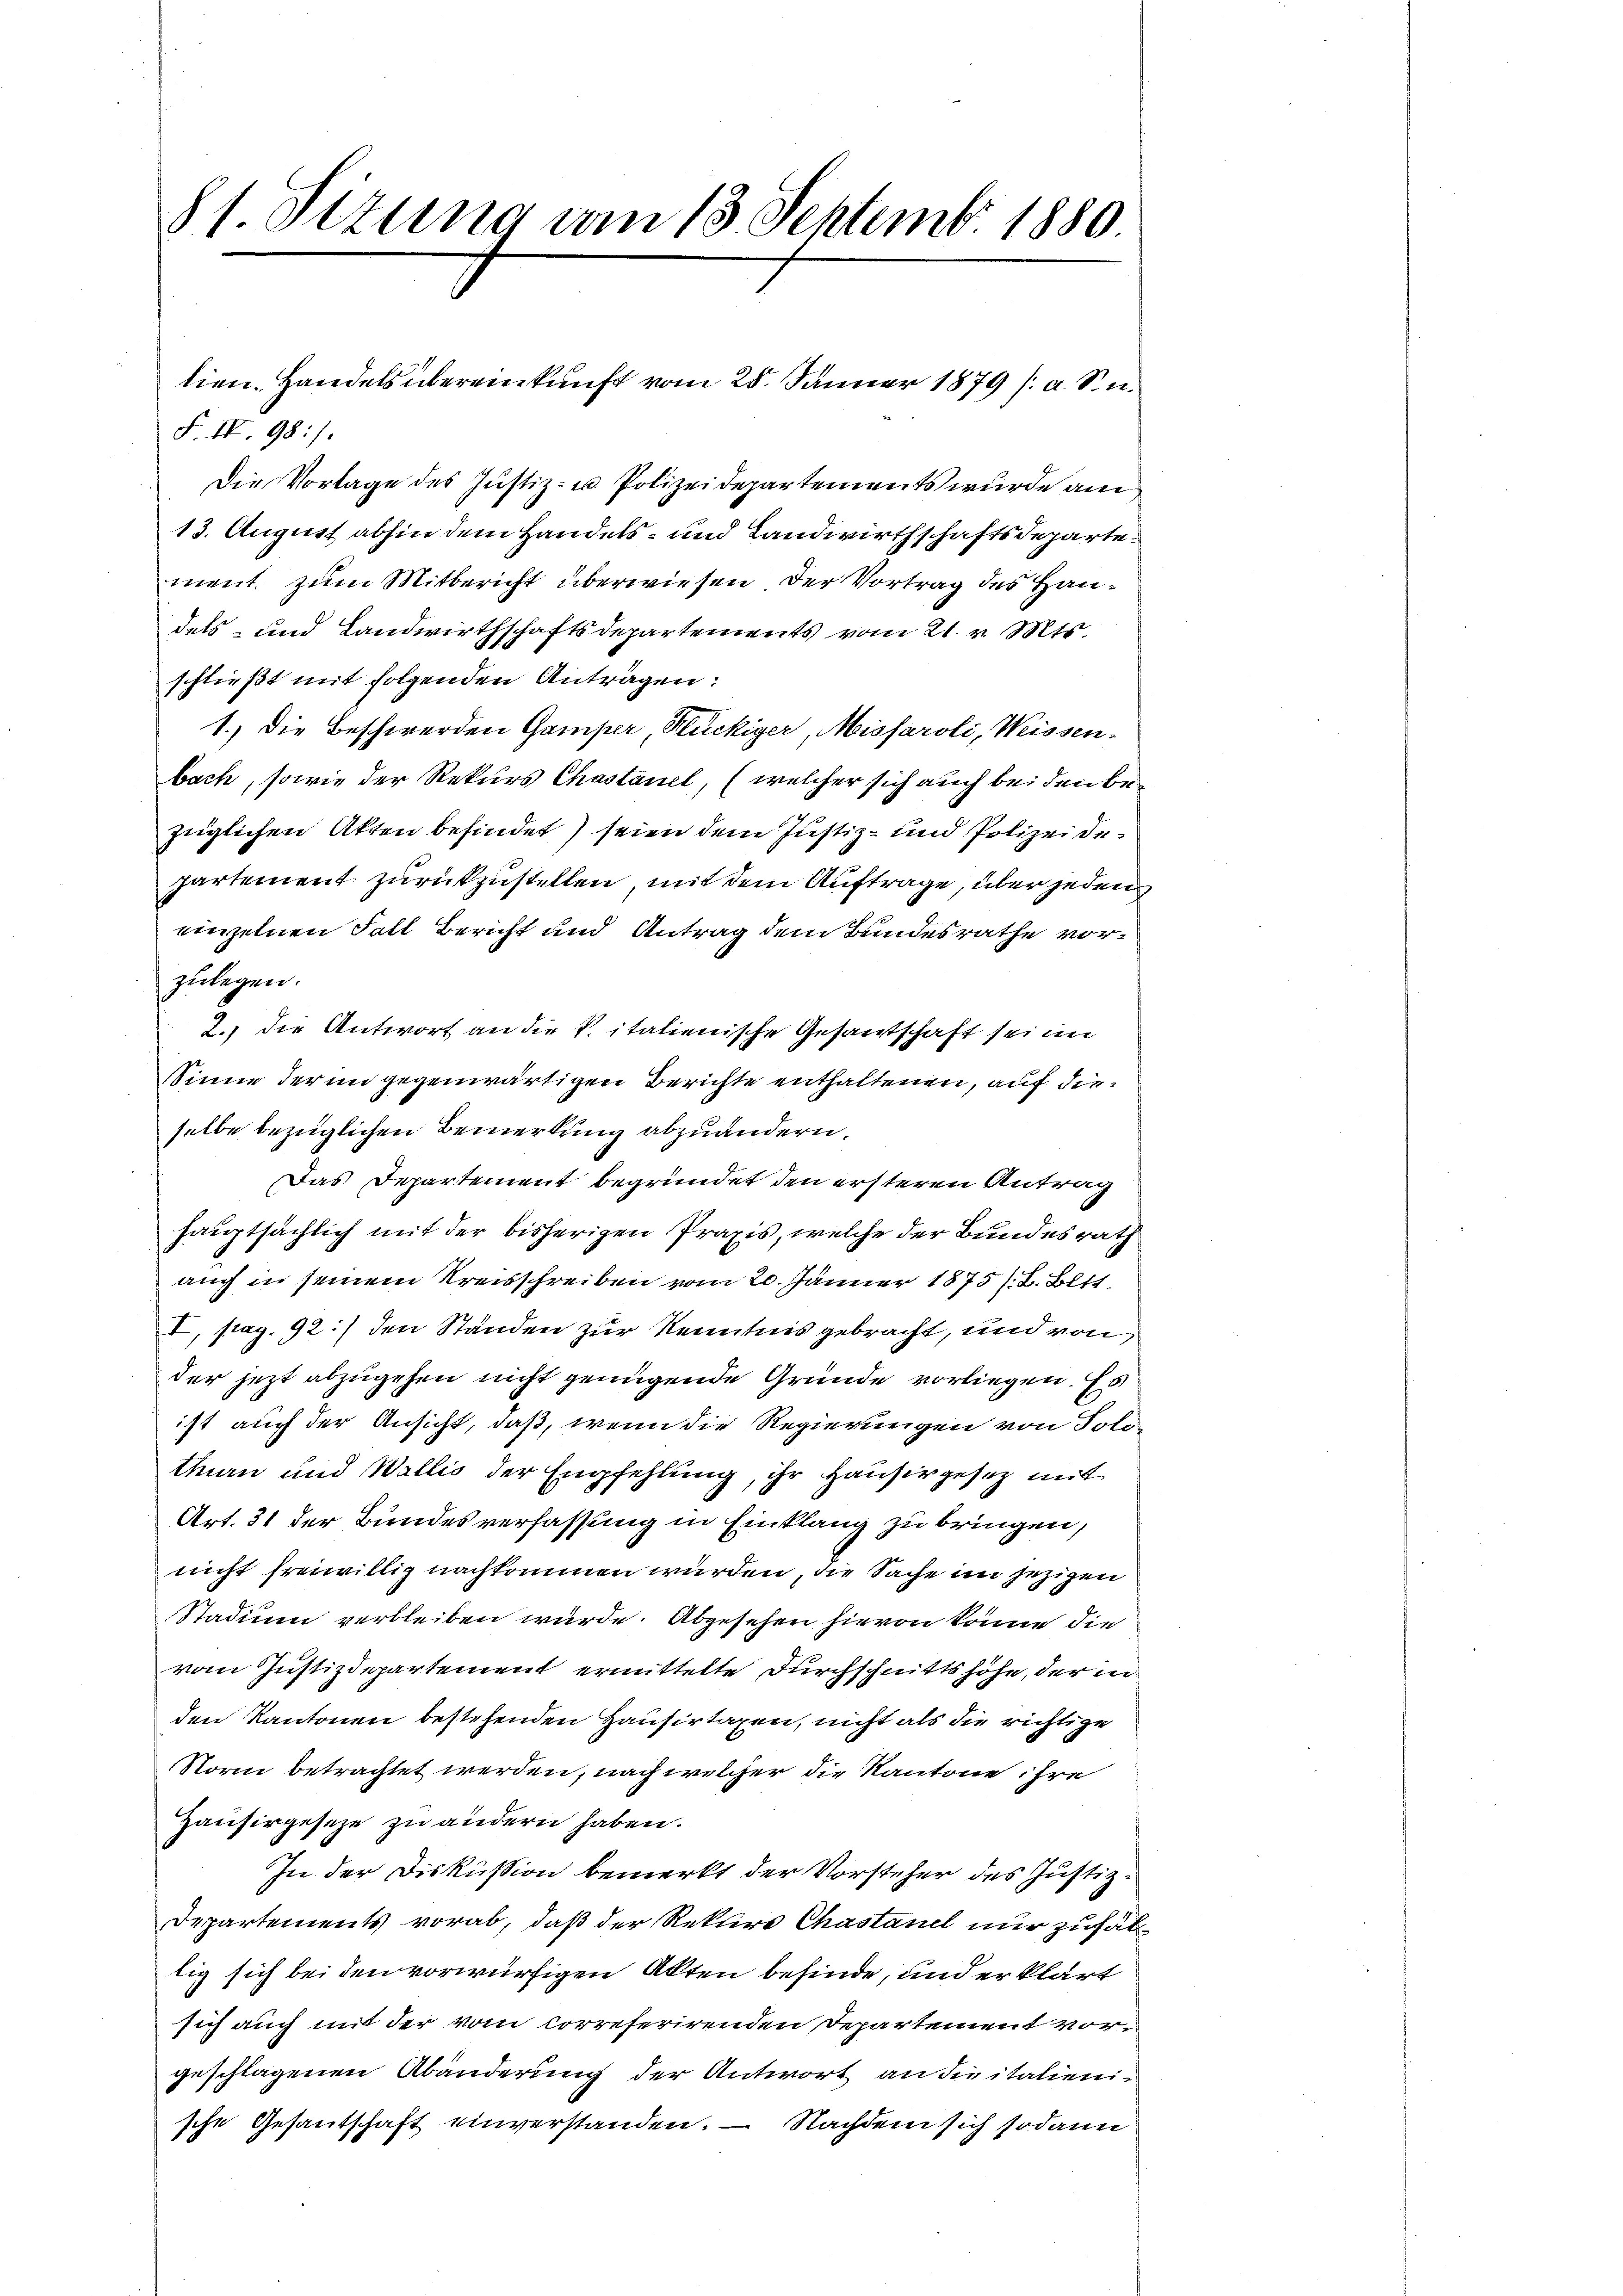
8t. Sizung vom 13. Septembr 1880

F. IV. 98:/
Die Vorlage des Justiz- u. Polizeidepartements wurde am
13. August abhin dem Handels- und Landwirthschaftsdeparte.
ment zum Mitbericht überwiesen der Vortrag des Haudels- und Landwirthschaftsdepartements vom 21. v. Mts.
schließt mit folgenden Anträgen:
1.) Die Beschwerden Gamper Stückiger, Missaroli, Weissenbach, sowie der Rekurs Chastanel, (welcher sich auch bei den bezüglichen Akten befindet) seien dem Justiz- und Polizeidepartement zurückzustellen, mit dem Auftrage, über jeden
einzelnen Fall Bericht und Antrag dem Bundesrathe vorzulegen.
2.) die Antwort an die P. italienische Gesantschaft sei im
Sinne der in gegenwärtigen Berichte enthaltenen, auf dieselbe bezüglichen Bemerkung abzuändern.
Das Departement begründet den ersteren Antrag
hauptsächlich mit der bisherigen Praxis, welche der Bundesrath
auch in seinem Kreisschreiben vom 20. Jänner 1875 /B. Blit
I, pag. 92) den Ständen zur Kenntnis gebracht, und von
der jetzt abzugehen nicht genügende Gründe vorliegen. Es
ist auch der Ansicht, daß, wenn die Regierungen von Solothan und Wallis der Empfehlung, ihr Hausirgesetz mit
Art. 31 der Bundesverfassung in Einklang zu bringen,
nicht freiwillig nachkommen wurden, die Sache im jezigen
Stadium verbleiben wurde. Abgesehen hievon könne die
vom Justizdepartement ermittelte Durchschnittshöhe, der in
den Kantonen bestehenden Hausirtagen, nicht als die richtige
Norm betrachtet werden, nach welcher die Kantone ihre
Zausirgeseze zu ändern haben.
In der Diskussion bemerkt der Vorsteher des Justiz¬
Departements vorab, daß der Rektore Chastand nur zufal
lig sich bei den vorwürfigen Akten befinde, und er klärt
sich auch mit der vom Correferirenden Departement vorgeschlagenen Abänderung der Antwort an die italienische Gesantschaft einverstanden. — Nachdem sich sodann

tien. Handels übereinkunft vom 28. Jänner 1879 s. a. S. n.